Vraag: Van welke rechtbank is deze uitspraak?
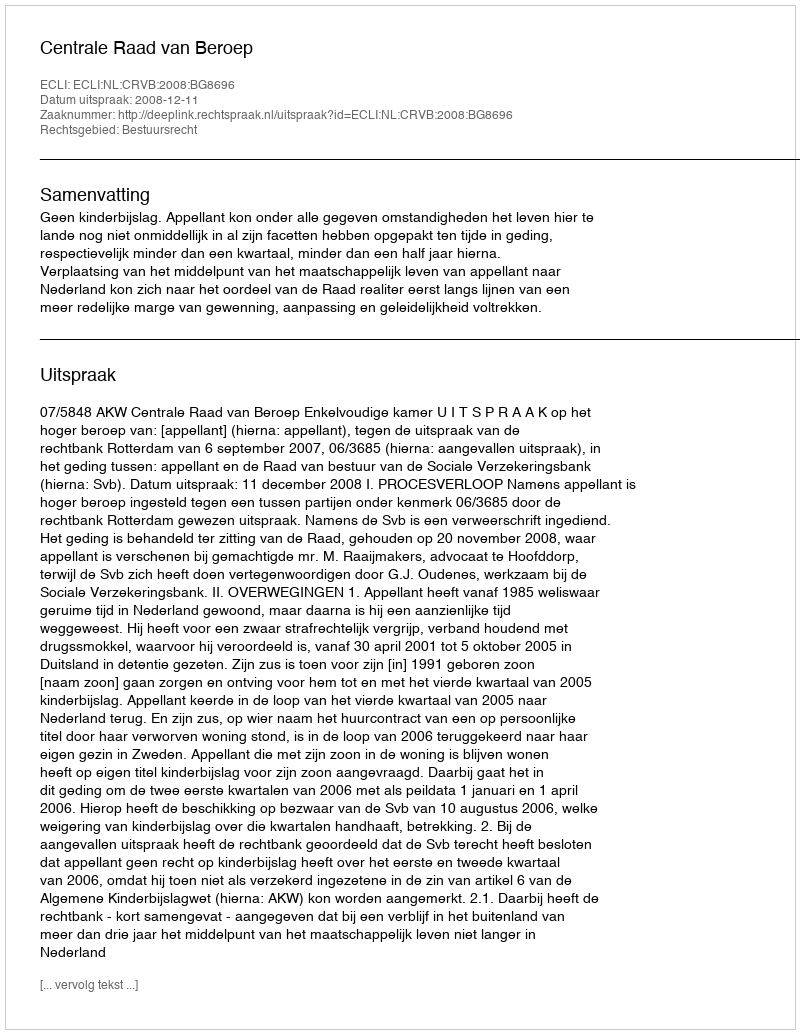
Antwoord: Centrale Raad van Beroep